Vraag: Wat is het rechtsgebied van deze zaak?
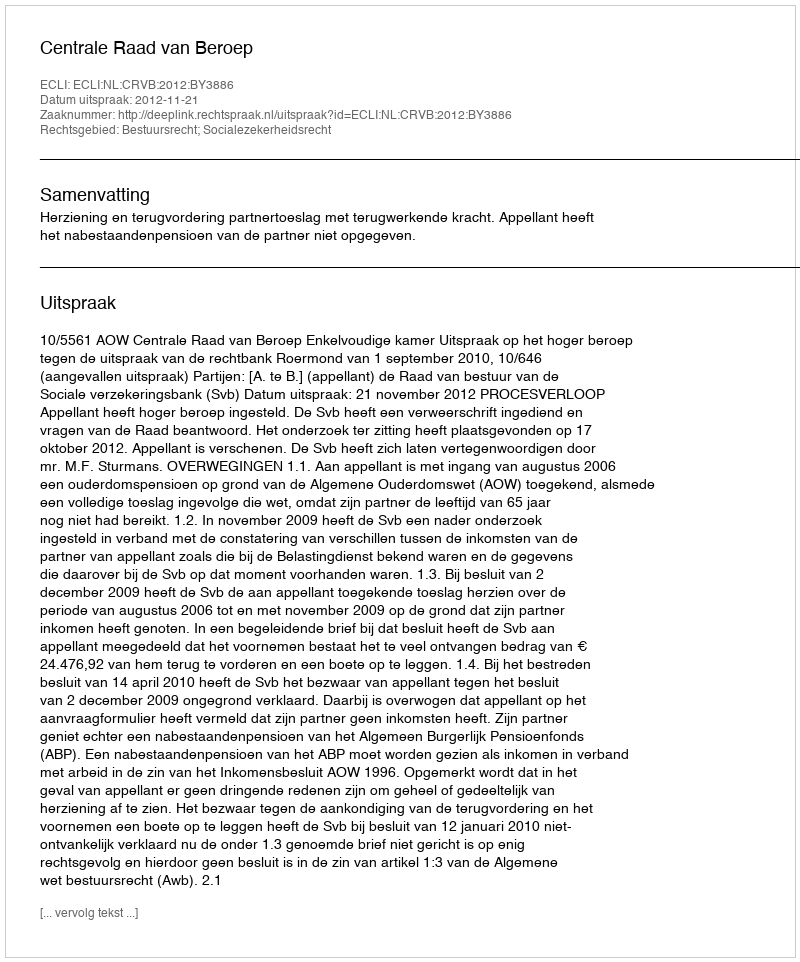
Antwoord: Bestuursrecht; Socialezekerheidsrecht